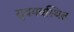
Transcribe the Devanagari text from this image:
सुवयवस्थित